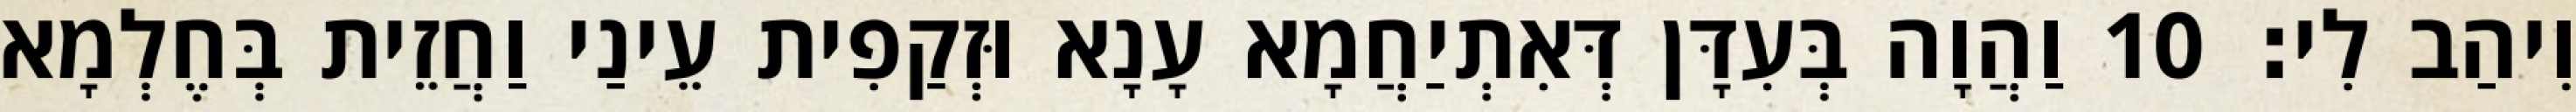
וִיהַב לִי׃ 10 וַהֲוָה בְּעִדָּן דְּאִתְיַחֲמָא עָנָא וּזְקַפִית עֵינַי וַחֲזֵית בְּחֶלְמָא